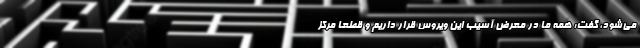
می‌شود، گفت: همه ما در معرض آسیب این ویروس قرار داریم و قطعا مرکز